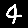
Digit: 4